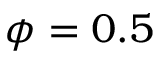
\phi = 0 . 5